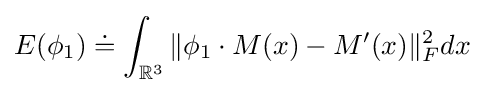
E(\phi _{1})\doteq \int _{{\mathbb {R} }^{3}}\|\phi _{1}\cdot M(x)-M^{\prime }(x)\|_{F}^{2}dx